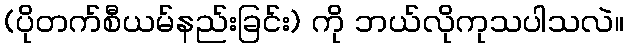
(ပိုတက်စီယမ်နည်းခြင်း) ကို ဘယ်လိုကုသပါသလဲ။